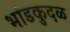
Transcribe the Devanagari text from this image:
भांडकुदळ